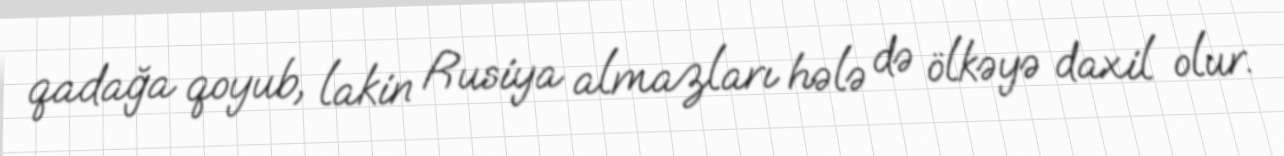
qadağa qoyub, lakin Rusiya almazları hələ də ölkəyə daxil olur.